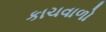
કાચવાળો